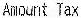
AMOUNT TAX